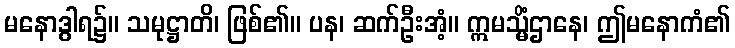
မနောဒွါရ၌။ သမုဋ္ဌာတိ၊ ဖြစ်၏။ ပန၊ ဆက်ဦးအံ့။ ဣမသ္မိံဌာနေ၊ ဤမနောကံ၏